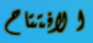
الافتتاح